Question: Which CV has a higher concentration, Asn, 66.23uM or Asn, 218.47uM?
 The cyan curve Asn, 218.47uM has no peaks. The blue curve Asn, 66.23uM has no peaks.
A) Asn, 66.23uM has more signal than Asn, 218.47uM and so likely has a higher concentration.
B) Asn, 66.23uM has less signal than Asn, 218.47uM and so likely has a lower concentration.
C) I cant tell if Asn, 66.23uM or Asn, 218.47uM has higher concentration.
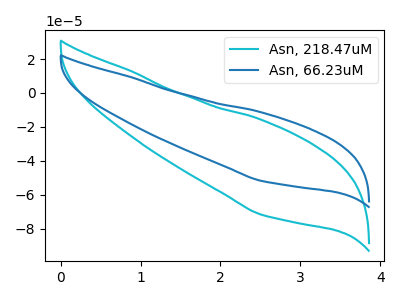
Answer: <think>Neither "Asn, 66.23uM" or "Asn, 218.47uM" have any peaks.
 </think>
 <answer>C) I cant tell if "Asn, 66.23uM" or "Asn, 218.47uM" has higher concentration.</answer>
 <eval>C</eval>